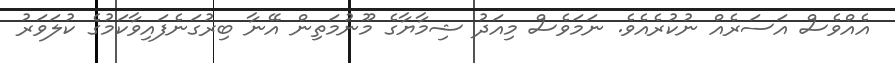
އެއްވެސް އަސަރެއް ނުކުރެއެވެ. ނަމަވެސް މިއަދު ޝިމާޔާގެ މޫނުމަތިން އޭނާ ބިރުގަނެފައިވާކަމުގެ ކުލަވަރު